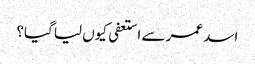
اسد عمر سے استعفی کیوں لیا گیا؟